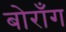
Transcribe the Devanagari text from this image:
बोराँग